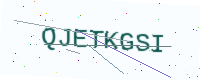
Text: QJETKGSI